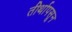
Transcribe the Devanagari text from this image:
तीर्थापसून